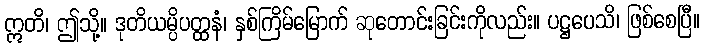
ဣတိ၊ ဤသို့။ ဒုတိယမ္ပိပတ္ထနံ၊ နှစ်ကြိမ်မြောက် ဆုတောင်းခြင်းကိုလည်း။ ပဋ္ဌပေသိ၊ ဖြစ်စေပြီ။